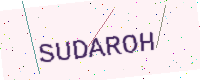
Text: SUDAROH